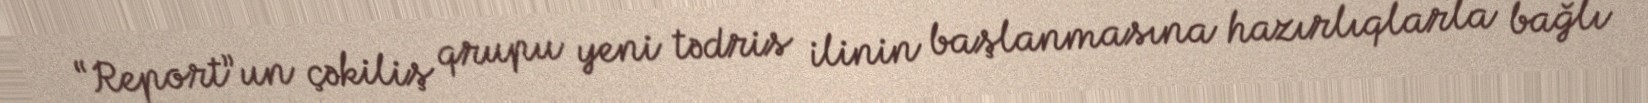
“Report”un çəkiliş qrupu yeni tədris ilinin başlanmasına hazırlıqlarla bağlı